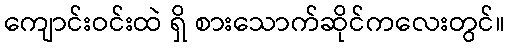
ကျောင်းဝင်းထဲ ရှိ စားသောက်ဆိုင်ကလေးတွင်။